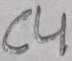
Text: C4